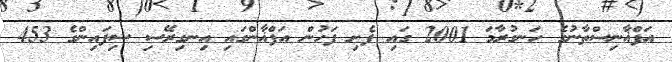
އަފްޣާނިސްތާނުގެ ހަނގުރާމަ 2001 ގައި ފެށި ފަހުން އަފްޣާންގައި އިނގިރޭސި ސިފައިންގެ 453